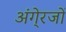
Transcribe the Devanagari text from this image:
अंगे्रजों